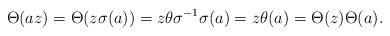
LaTeX: \begin{align*}\Theta(az) = \Theta(z \sigma(a)) = z \theta\sigma^{-1}\sigma(a) = z \theta(a) = \Theta(z) \Theta(a).\end{align*}